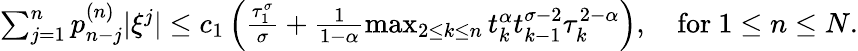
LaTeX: \begin{array}{r}{\sum_{j=1}^{n}p_{n-j}^{(n)}|\xi^{j}|\le c_{1}\left(\frac{\tau_{1}^{\sigma}}{\sigma}+\frac{1}{1-\alpha}\operatorname*{max}_{2\le k\le n}t_{k}^{\alpha}t_{k-1}^{\sigma-2}\tau_{k}^{2-\alpha}\right),\quad\mathrm{for}~1\le n\le N.}\end{array}